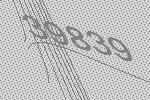
39839